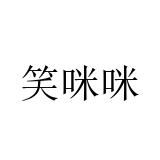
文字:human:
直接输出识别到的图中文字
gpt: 笑咪咪